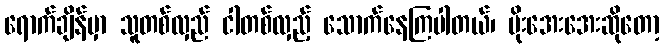
ရောက်ချိန်မှာ သူတစ်လှည် ငါတစ်လှည့် သောက်နေကြပါတယ်၊ မိုးအေးအေးဆိုတော့